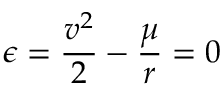
\epsilon = { \frac { v ^ { 2 } } { 2 } } - { \frac { \mu } { r } } = 0